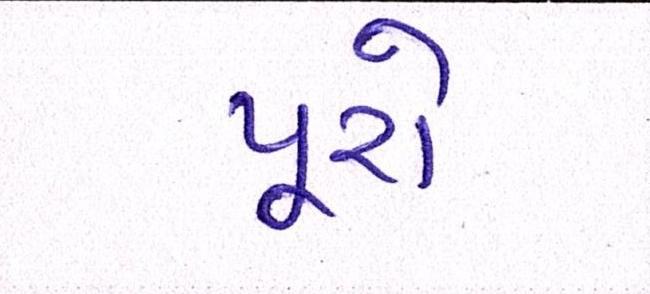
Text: પૂરો